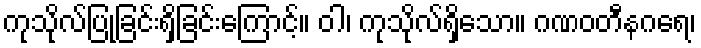
ကုသိုလ်ပြုခြင်းရှိခြင်းကြောင့်။ ဝါ၊ ကုသိုလ်ရှိသော။ ဂဏဝတီနဂရေ၊